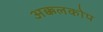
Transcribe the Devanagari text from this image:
अक्कलकोप